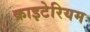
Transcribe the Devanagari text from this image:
क्राइटेरियम